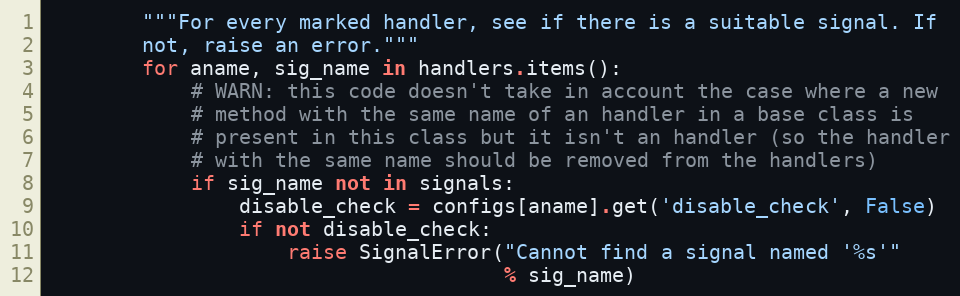
Language: Python
        """For every marked handler, see if there is a suitable signal. If
        not, raise an error."""
        for aname, sig_name in handlers.items():
            # WARN: this code doesn't take in account the case where a new
            # method with the same name of an handler in a base class is
            # present in this class but it isn't an handler (so the handler
            # with the same name should be removed from the handlers)
            if sig_name not in signals:
                disable_check = configs[aname].get('disable_check', False)
                if not disable_check:
                    raise SignalError("Cannot find a signal named '%s'"
                                      % sig_name)